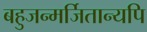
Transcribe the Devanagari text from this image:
बहुजन्मर्जितान्यपि